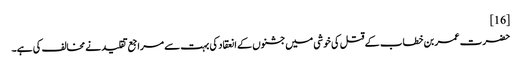
[16]
حضرت عمر بن خطاب کے قتل کی خوشی میں جشنوں کے انعقاد کی بہت سے مراجع تقلید نے مخالف کی ہے۔